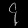
Digit: ၄